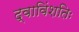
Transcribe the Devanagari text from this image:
द्वाविंशतिः